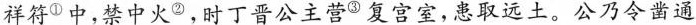
祥符^{①}中，禁中火^{②}，时丁晋公主营^{③}复宫室，患取远土。公乃令凿通